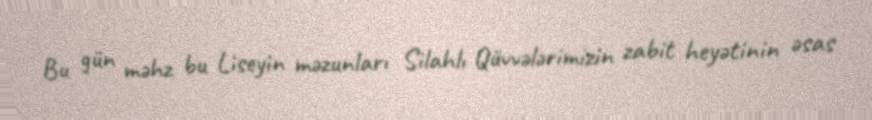
Bu gün məhz bu Liseyin məzunları Silahlı Qüvvələrimizin zabit heyətinin əsas